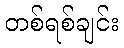
တစ်ရစ်ချင်း